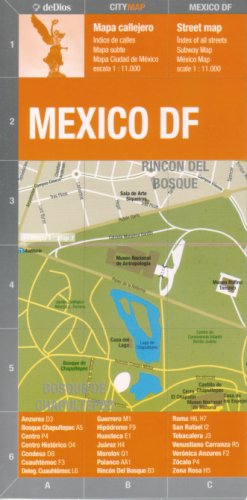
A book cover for Mexico City "Mexico DF" Street Map by De Dios (Spanish Edition); Julian de Dios; Travel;